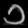
Digit: ၁